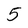
Character: 5